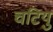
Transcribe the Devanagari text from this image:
चटियु